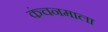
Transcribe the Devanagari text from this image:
कंचनमाला